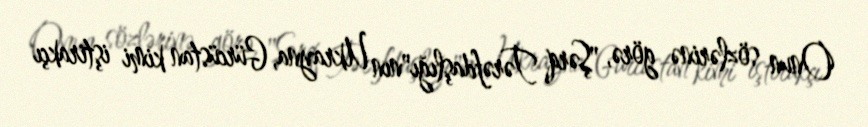
Onun sözlərinə görə, "Şərq Tərəfdaşlığı"nın Ukrayna, Gürcüstan kimi iştirakçı